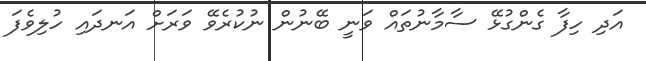
އަދި ހިފާ ގެންގުޅޭ ސާމާނުތައް ވަނީ ބޭނުން ނުކުރެވޭ ވަރަށް އަނދައި ހުލިވެފަ